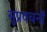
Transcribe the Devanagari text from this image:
सुप्रवचनों